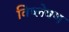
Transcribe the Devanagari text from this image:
विष्‍लेषण